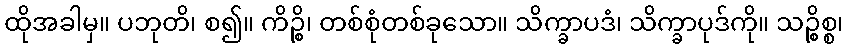
ထိုအခါမှ။ ပဘုတိ၊ စ၍။ ကိဉ္စိ၊ တစ်စုံတစ်ခုသော။ သိက္ခာပဒံ၊ သိက္ခာပုဒ်ကို။ သဉ္စိစ္စ၊